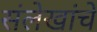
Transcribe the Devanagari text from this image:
संलेखांचे